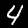
Label: 4